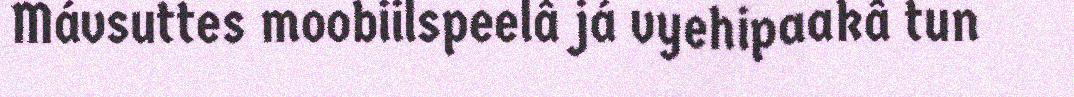
Mávsuttes moobiilspeelâ já vyehipaakâ tun